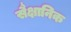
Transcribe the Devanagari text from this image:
सैक्षानिक